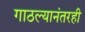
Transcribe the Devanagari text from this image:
गाठल्यानंतरही